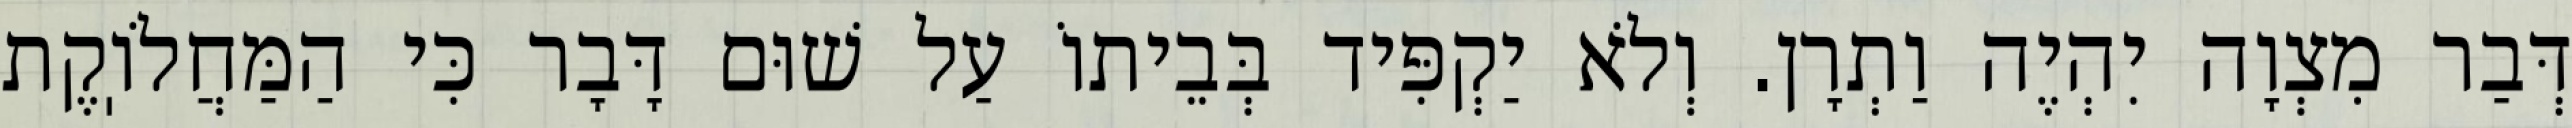
דְּבַר מִצְוָה יִהְיֶה וַתְרָן. וְלֹא יַקְפִּיד בְּבֵיתוֹ עַל שׁוּם דָּבָר כִּי הַמַּחֲלֹוֽקֶת